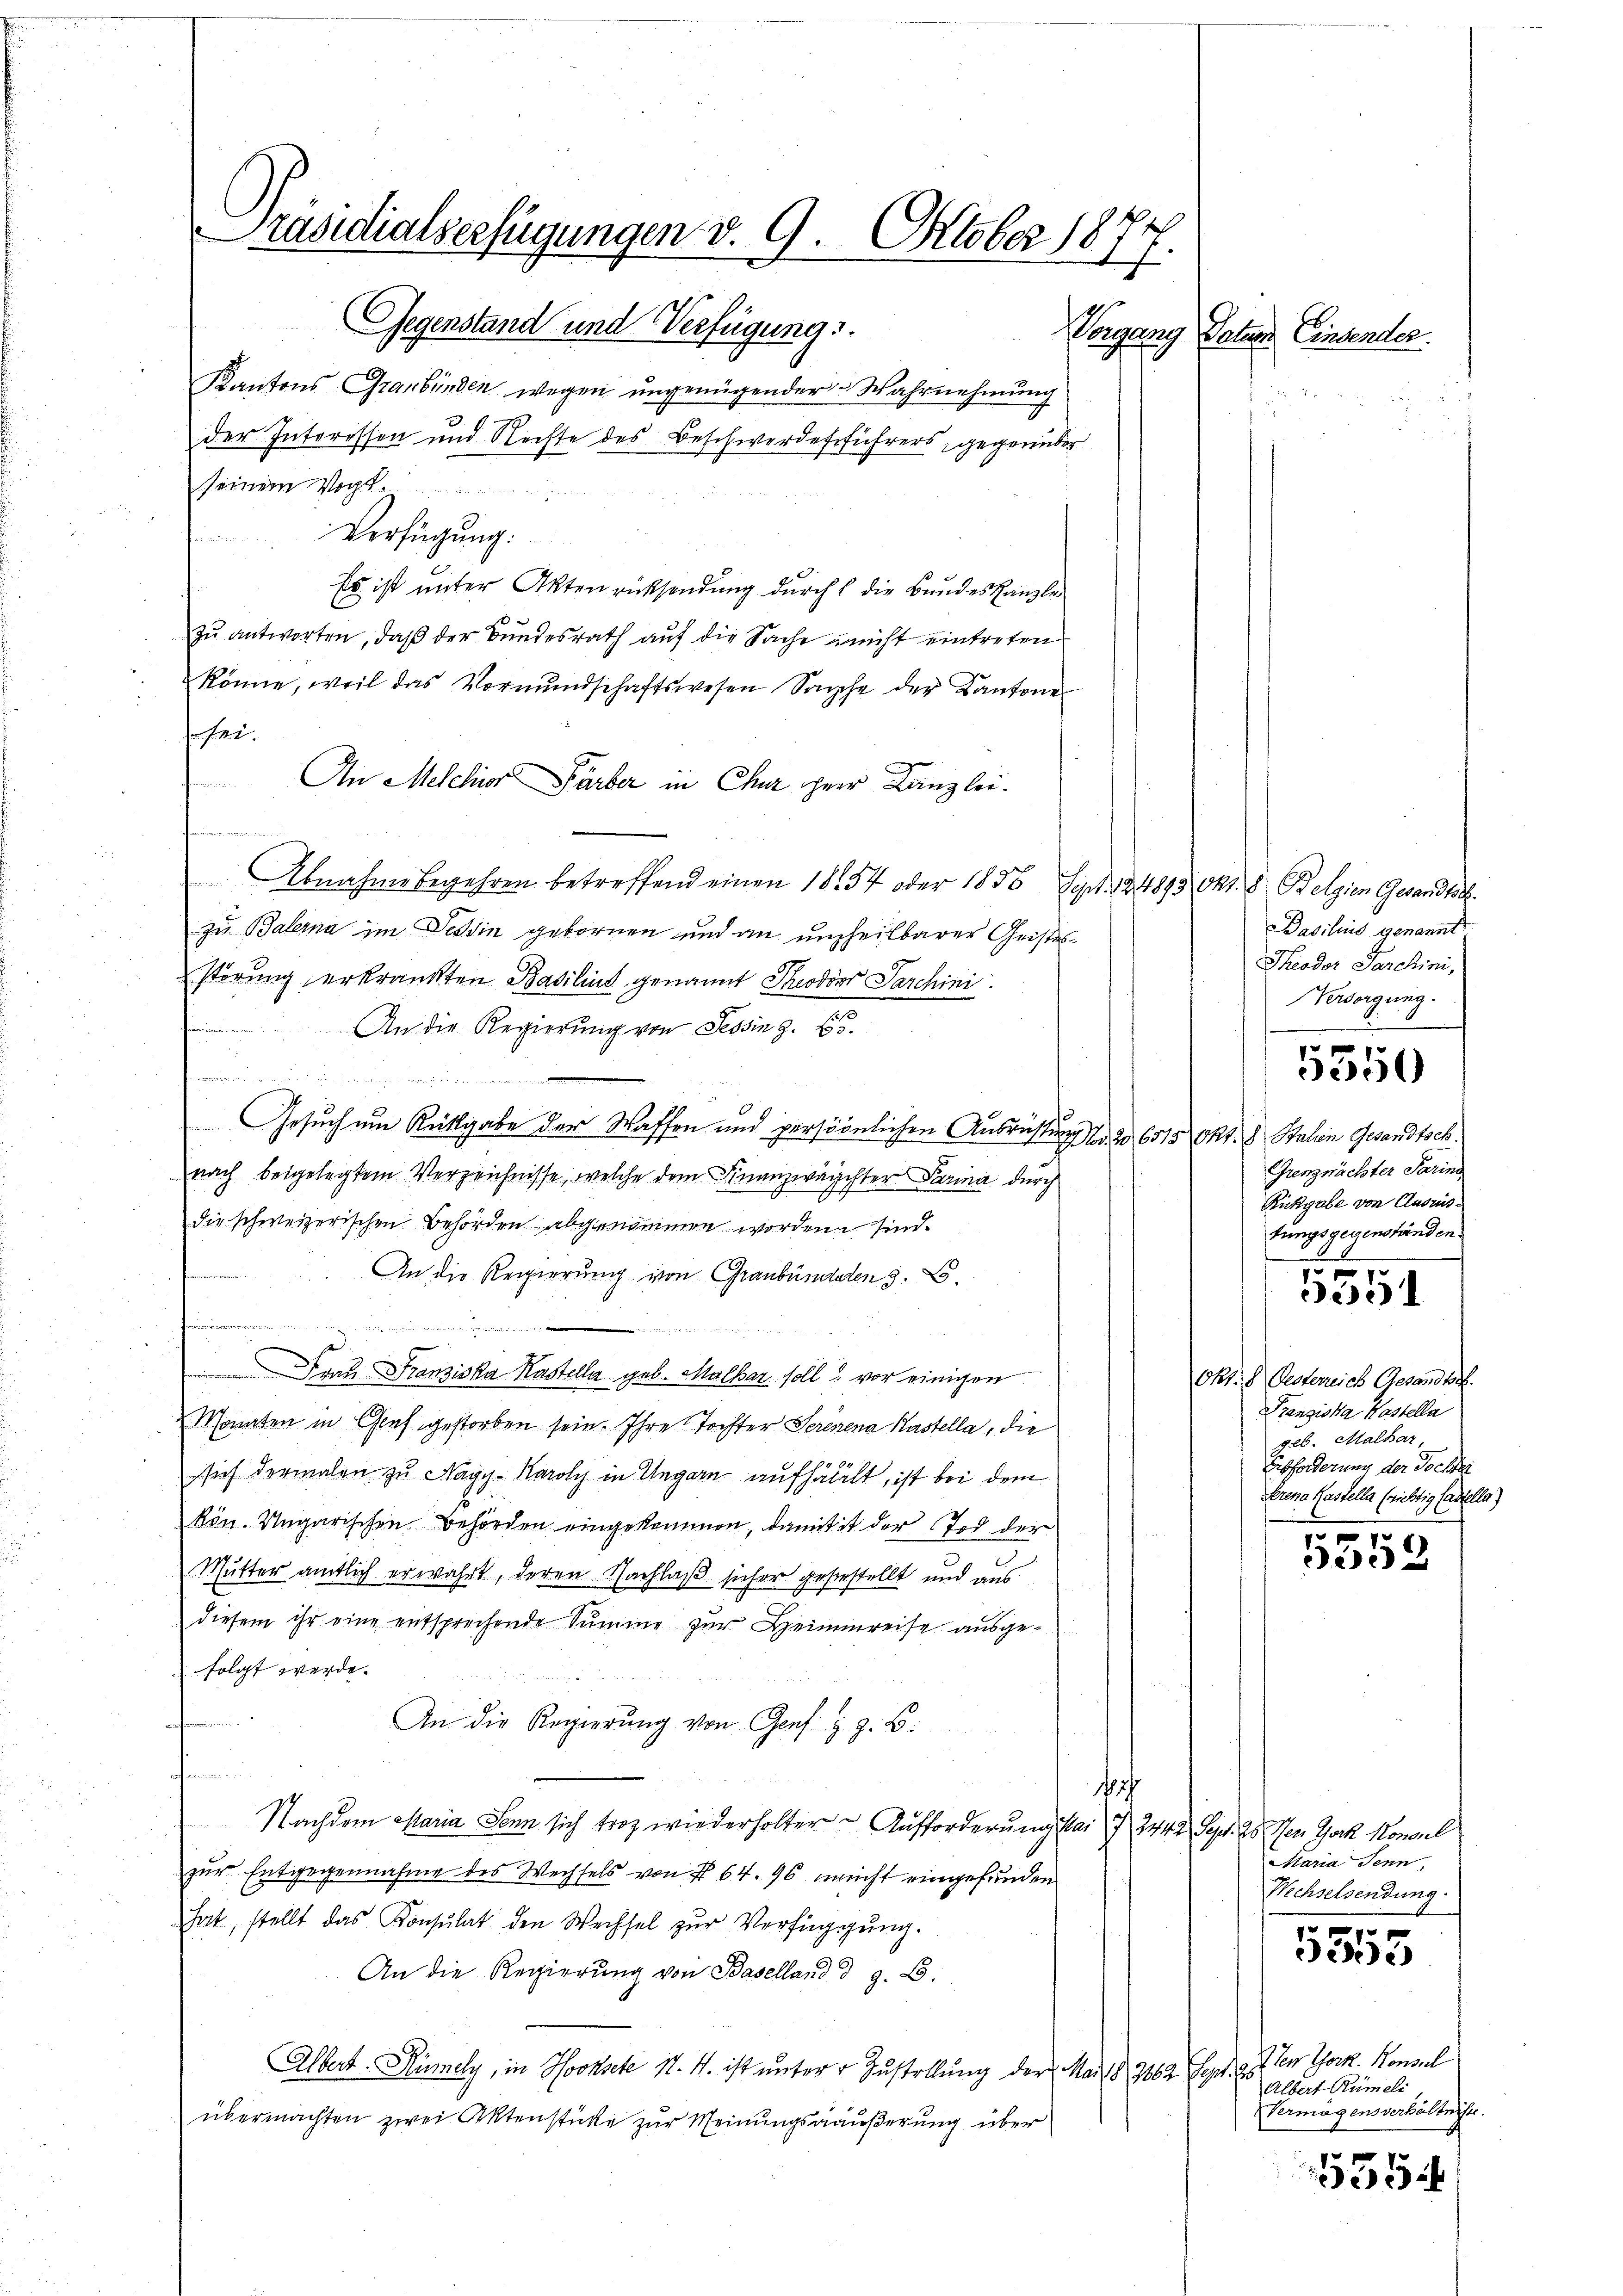
Präsidialserfügungen d. 9. Oktober 1871
Gegenstand und Verfügung.
Vorgang Datum Einsender.

Kantons Graubünden wegen ungenügender Wahrnehmung
der Interessen und Rechte des Beschwerdeführers, gegenüber
seinem Voge
Verfügung:
Es ist unter Aktenrücksendung durch die Bundeskanzlezu antworten, daß der Bundesrath auf die Sache nicht eintreten
könne, weil das Vormŭndschaftswesen Sache der Kantone
sei.
An Melchior Färber in Chur herr Kanzlei.
dheit ein
Abnahme begehren betreffend einen 1854 oder 1835 Sept. 124893 Okt. 8 Belgien Gesandts
zu Balerna im Tessin gebornen und an untheilbarer Geistesstörung erkränkten Basilind genannt Theodor Parchini
An die Regierung von Tessin z. B.
n

Gesuch um Rüttgabe der Waffen und persöönlichen Ausrichtung der 651 Okt. Stalien Gesandtsch
nach beigelegtem Verzeichnisse, welche dem Finanzwachter Parina durch
die schweizerischen Behörden abgenommen worden sind.
Einheit eines
An die Regierung von Graubündeten s. L.
t
,der A
 Frau Franziska Kastella geb. Malhar soll u vor einigen
Monaten in Graf gestorben sein. Ihre Tochter Seriena Kastella, die
sich dermalen zu Nagy-Karoly in Ungarn aufhällt, ist bei dem
kön. Ungarischen Behörden eingekommen, damit ist der Tod der
Mutter amtlich erwahrt, deren Nachlaß sicher gesestellt und aus.
diesem ihr eine entsprechende Summe zur Heimmreise ausgefolgt werde.
An die Regierŭng von Genf s. z. B.

e
h
Nachdem Maria Senn sich trotz wiederholter Aufforderung Mai 7. 242. Sept. 28. Jen York Konsul
zur Entgegennahme des Wechsels von § 64. 96 nicht eingefunden
hat, stellt das Konsulat den Wechsel zur Verfügung.
An die Regierung von Baselland d z. B.
Albert. Rümely, in Hochsete 1. M. ist unter Zustellung der Mai 183682 Sept. 18
übermachten zwei Aktenstücke zur Meinungsäußerung über

Basilius genannt.
Theodor Parchini,
Versorgung.

5350

Grenznächster Parins
Rickgabe von Ausrüs
tungsgegenständen.

5551

Okt. 8 Pesterreich Gesandte.
Franziska Kastella
geb. Malhar,
Eibforderung der Tochter.
Erena Kastella (nichtig Castella)

5358

Maria Jenn
Wechselsendung.
10 f 0 x

dedie

Iter Thork. Konsul
Albert Rümeli
Vermögensverhältnisse.

354